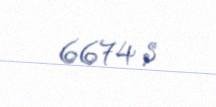
6674 $